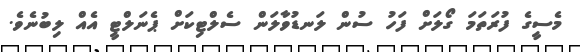
މެސީގެ ފުރަތަމަ ގޯލަށް ފަހު ސުން ލަނޑުވާލަން ސެލްޓިކަށް ޕެނަލްޓީ އެއް ލިބުނެވެ.